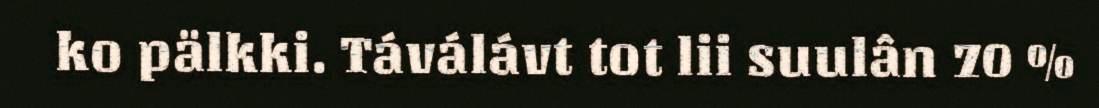
ko pälkki. Táválávt tot lii suulân 70 %